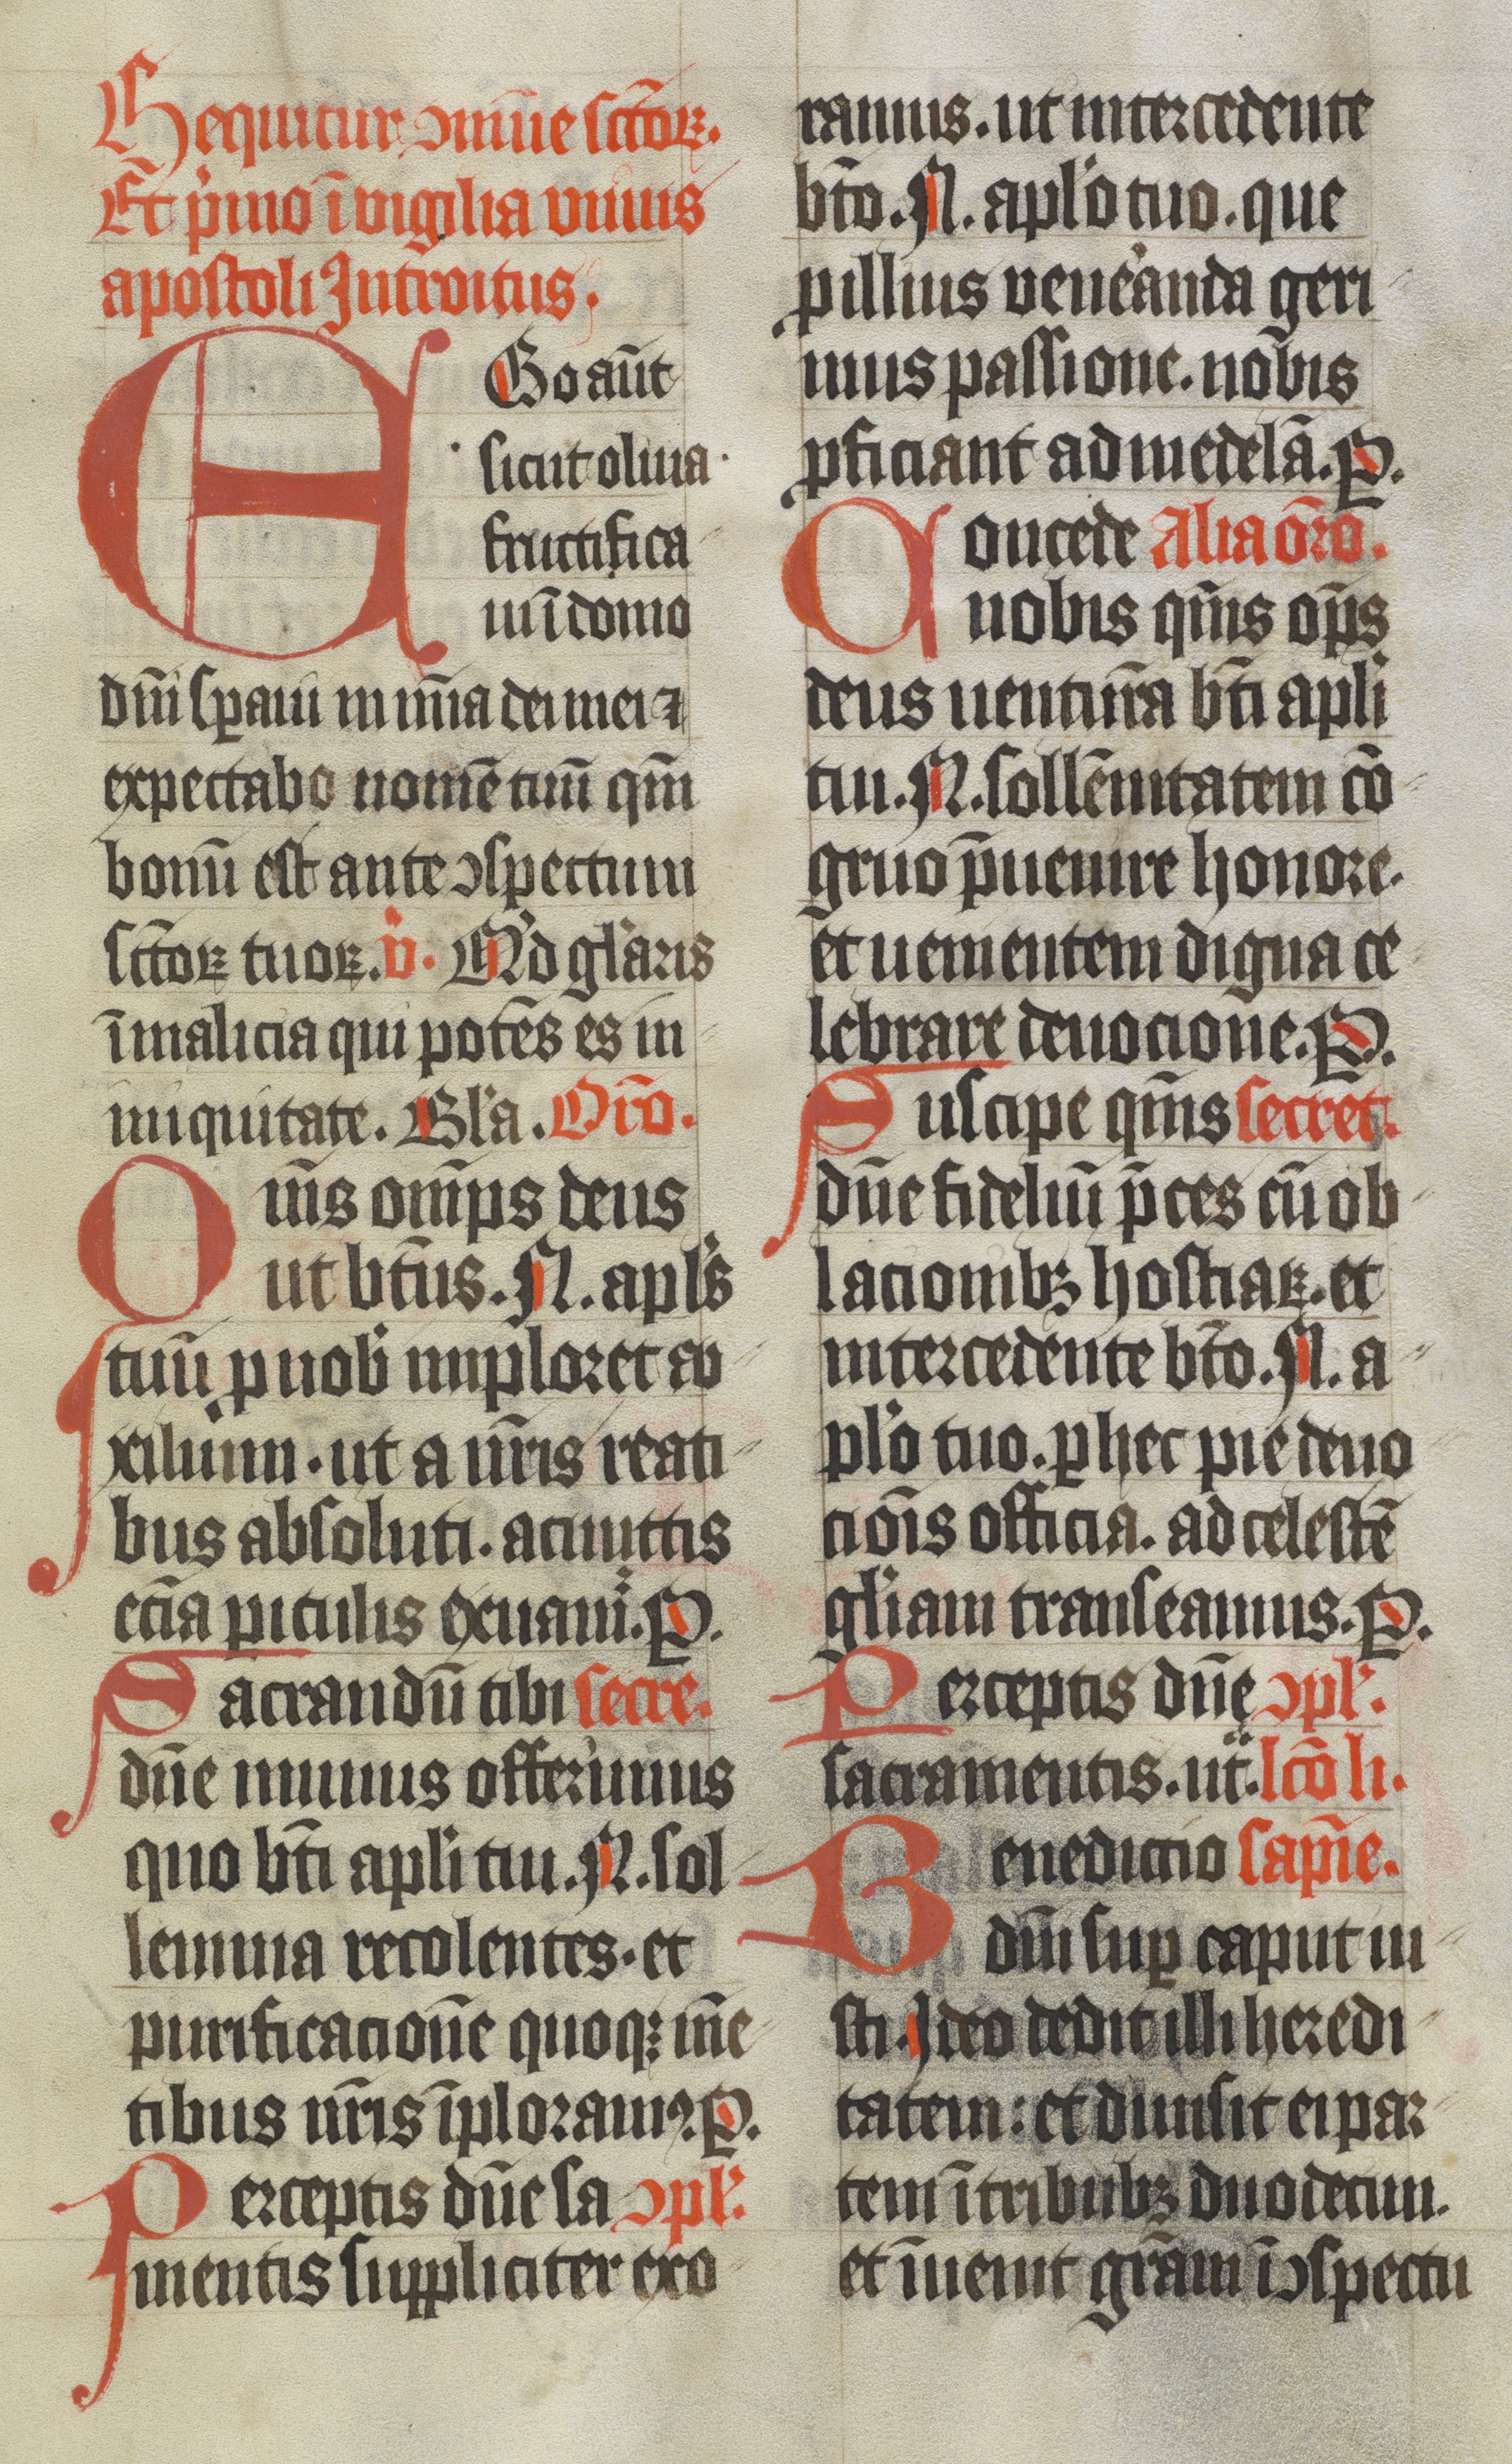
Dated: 1400–1499